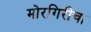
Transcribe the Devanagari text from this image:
मोरगिरीचा